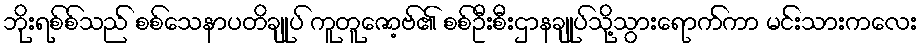
ဘိုးရစ်စ်သည် စစ်သေနာပတိချုပ် ကူတူဇော့ဗ်၏ စစ်ဦးစီးဌာနချုပ်သို့သွားရောက်ကာ မင်းသားကလေး